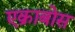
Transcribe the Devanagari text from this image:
एक्राबोस